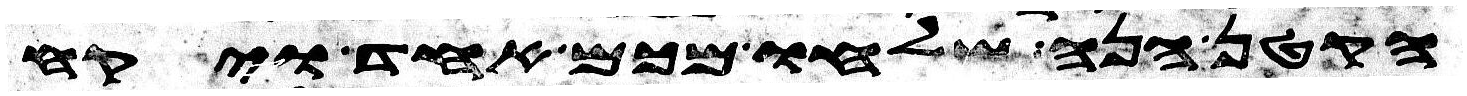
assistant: הקטן הנה שלחו מכם אחד ויקח